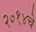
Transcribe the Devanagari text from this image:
२०१४चे